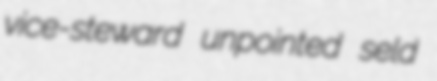
vice-steward unpointed seld